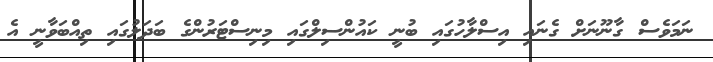
ނަމަވެސް ގާނޫނަށް ގެނައި އިސްލާހުގައި ބުނީ ކައުންސިލްގައި މިނިސްޓަރުންގެ ބަދަލުގައި ތިއްބަވާނީ އެ